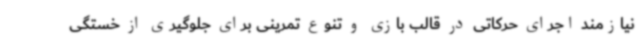
نیازمند اجرای حرکاتی در قالب بازی و تنوع تمرینی برای جلوگیری از خستگی